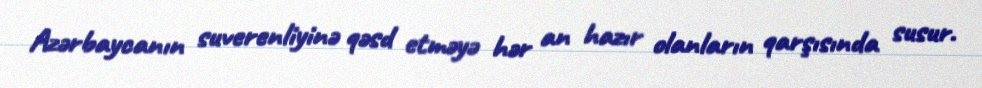
Azərbaycanın suverenliyinə qəsd etməyə hər an hazır olanların qarşısında susur.